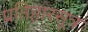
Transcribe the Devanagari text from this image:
प्रतिहारसूत्र